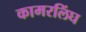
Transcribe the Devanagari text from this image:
कामरलिंघ